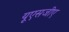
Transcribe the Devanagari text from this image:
यूएसजीए